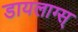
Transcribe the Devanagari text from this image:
डायलाग्स्